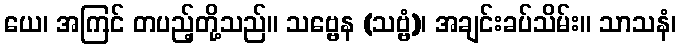
ယေ၊ အကြင် တပည့်တို့သည်။ သဗ္ဗေန (သဗ္ဗံ)၊ အချင်းခပ်သိမ်း။ သာသနံ၊